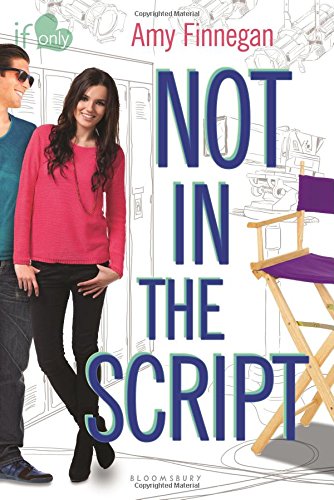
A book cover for Not in the Script: An If Only novel; Amy Finnegan; Teen & Young Adult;